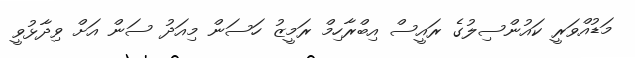
މަޑުއްވަރީ ކައުންސިލުގެ ރައީސް އިބްރާހިމް ރަމީޒު ހަސަން މިއަދު ސަން އަށް ވިދާޅުވީ